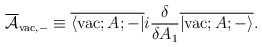
\begin{align*}\overline{\cal A}_{{\rm vac},-} \equiv\overline{\langle {\rm vac};A;-|} i\frac{\delta}{\delta A_1} \overline{|{\rm vac};A;- \rangle}.\end{align*}